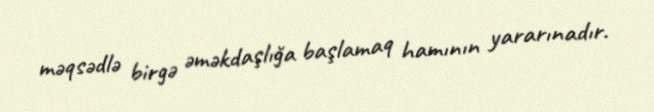
məqsədlə birgə əməkdaşlığa başlamaq hamının yararınadır.